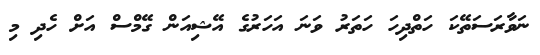
ނަވާރަސަތޭކަ ހަތްދިހަ ހަތަރު ވަނަ އަހަރުގެ އޭޝިއަން ގޭމްސް އަށް ހެދި މި